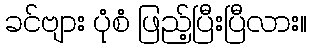
ခင်ဗျား ပုံစံ ဖြည့်ပြီးပြီလား။